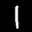
Label: 1